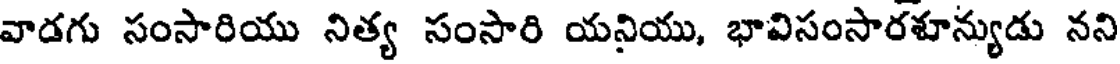
వాడగు సంసారియు నిత్య సంసారి యనియు, భావిసంసారశూన్యుడు నని